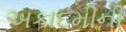
અકાદમીની